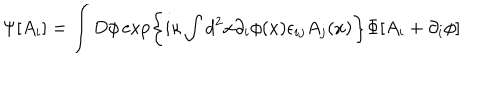
LaTeX: \Psi [ A _ { i } ] = \int D \phi \exp \left\{ i \kappa \int d ^ { 2 } x \partial _ { i } \phi ( x ) \epsilon _ { i j } A _ { j } ( x ) \right\} \Phi [ A _ { i } + \partial _ { i } \phi ]